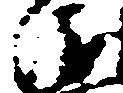
衛